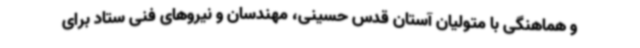
و هماهنگی با متولیان آستان قدس حسینی، مهندسان و نیروهای فنی ستاد برای